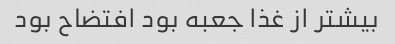
بیشتر از غذا جعبه بود افتضاح بود